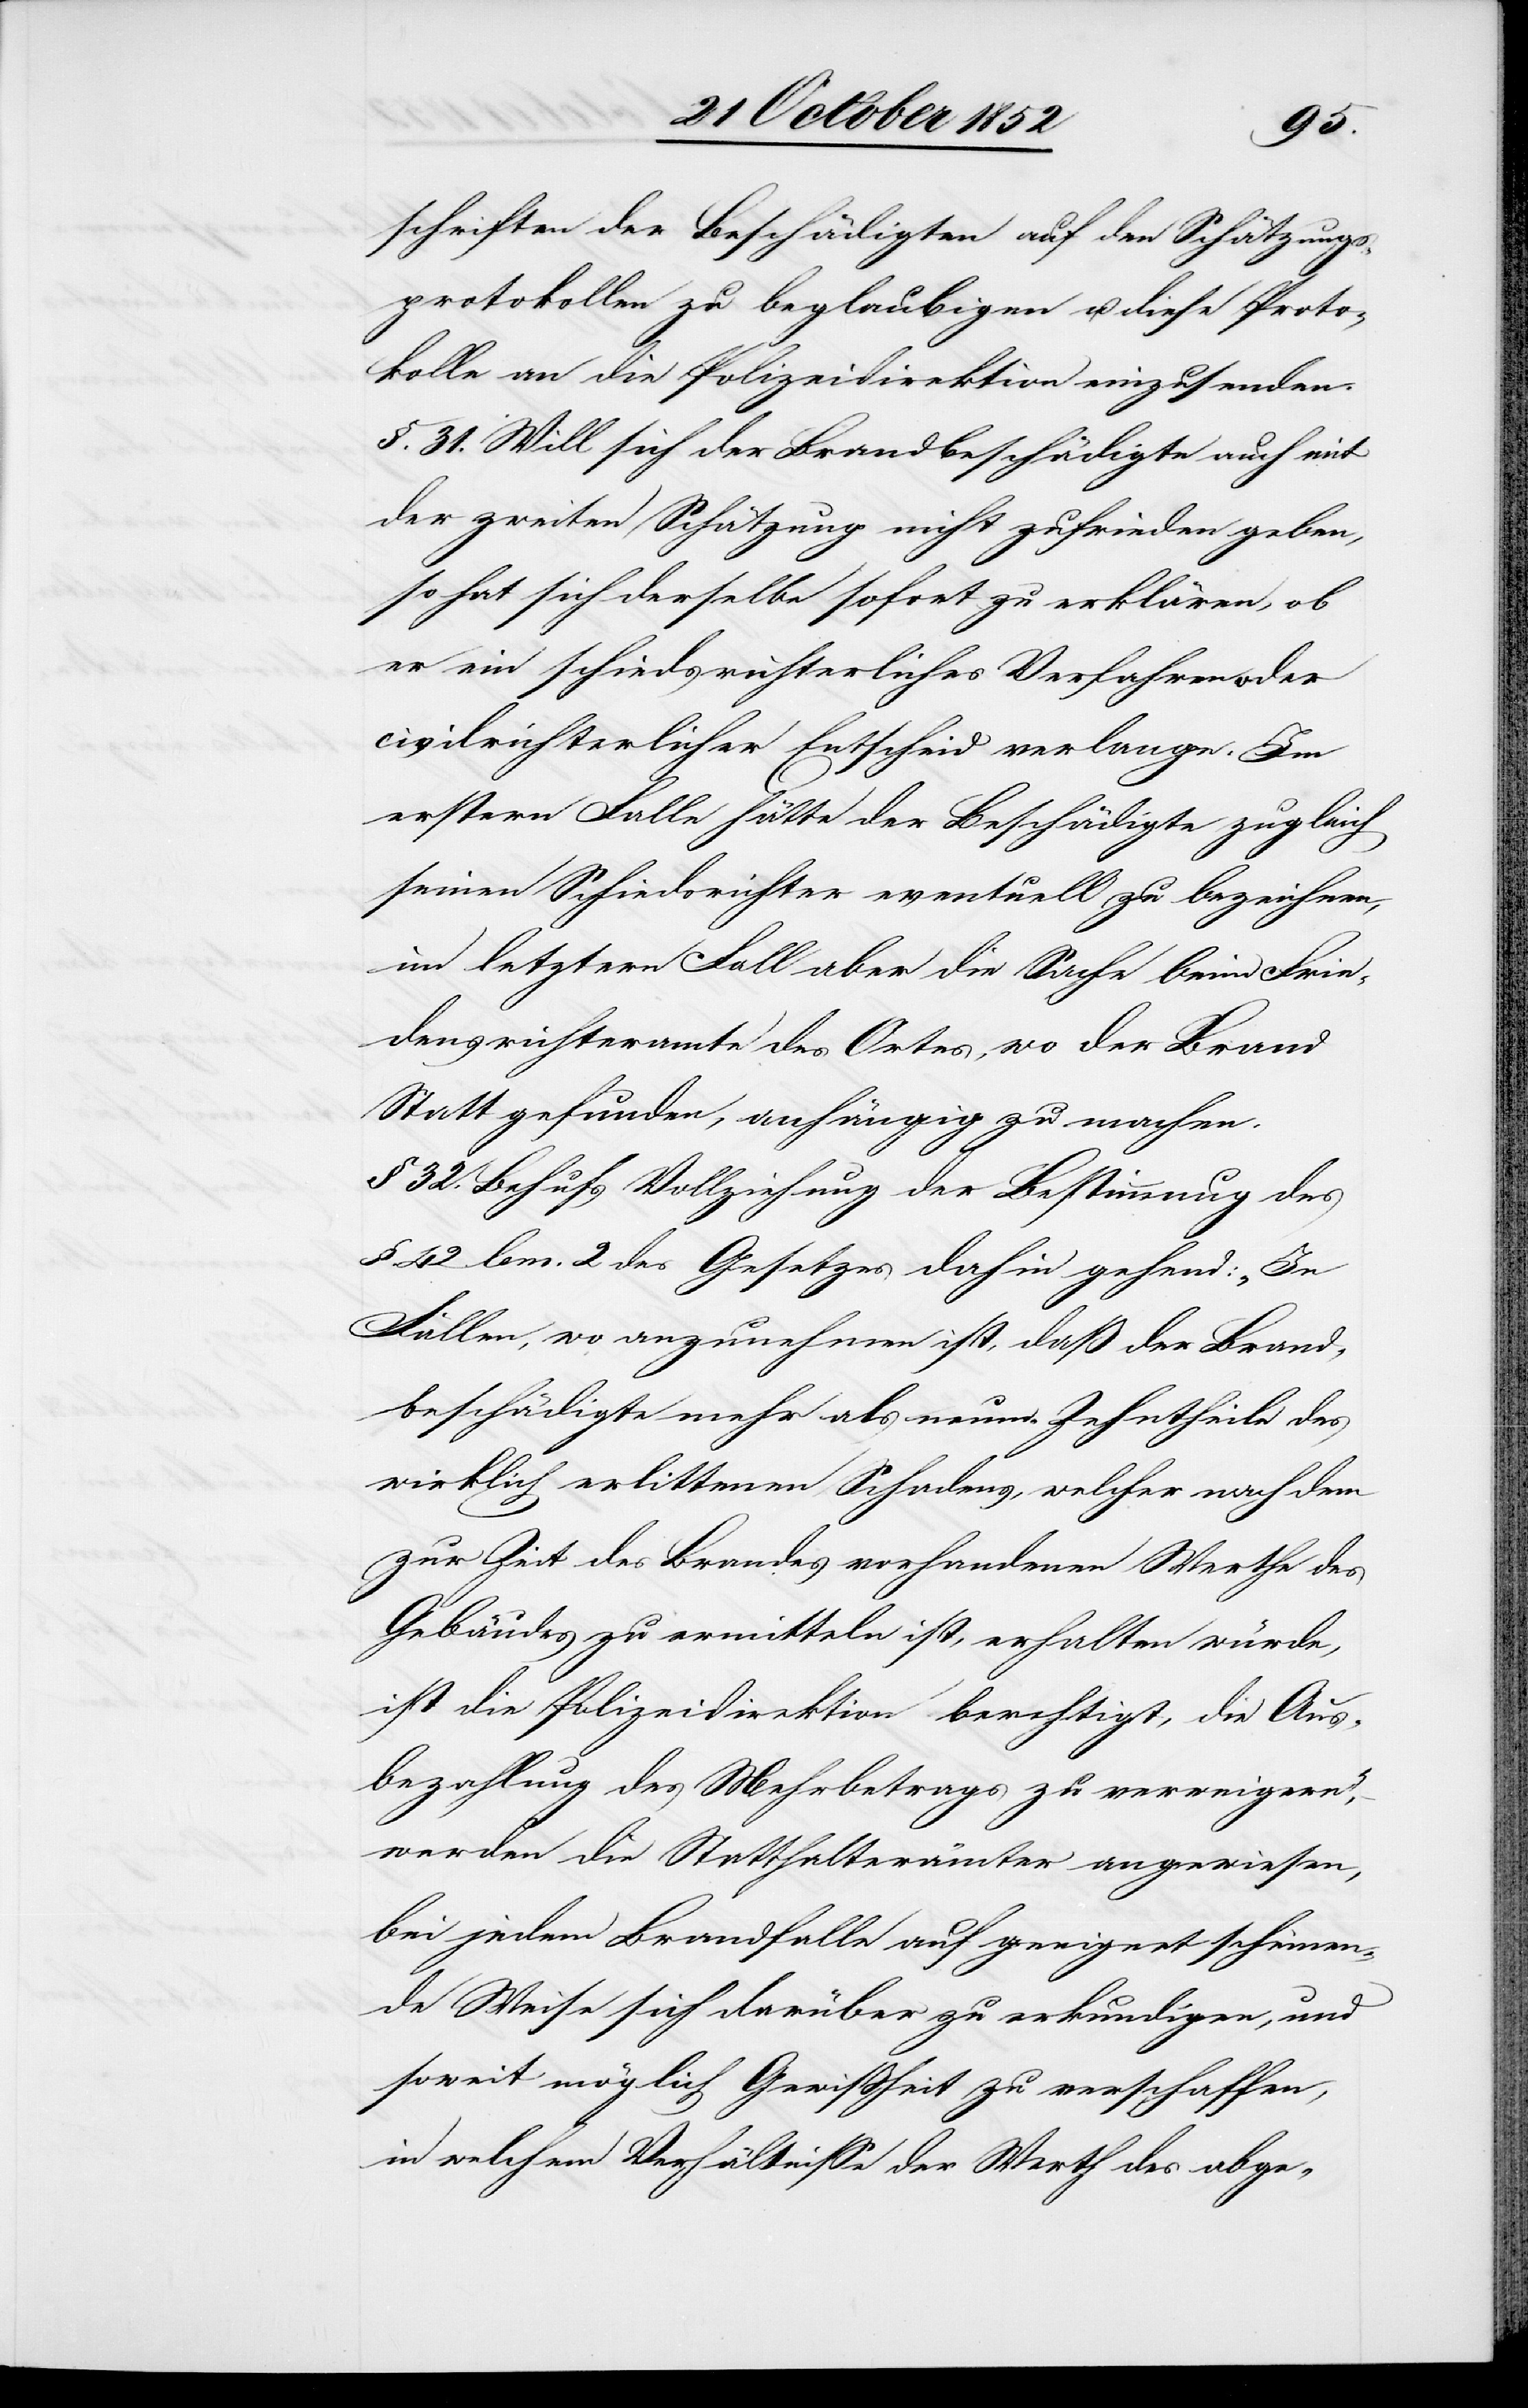
schriften der Beschädigten auf den Schätzungs¬
protokollen zu beglaubigen u. diese Proto¬
kolle an die Polizeidirektion einzusenden.
§. 31. Will sich der Brandbeschädigte auch mit
der zweiten Schätzung nicht zufrieden geben,
so hat sich derselbe sofort zu erklären, ob
er ein schiedsrichterliches Verfahren oder
civilrichterlicher Entscheid verlange. Im
erstern Falle hätte der Beschädigte zugleich
seinen Schiedsrichter eventuell zu bezeichnen,
im letztern Fall aber die Sache beim Frie¬
densrichteramte des Ortes, wo der Brand
Statt gefunden, anhängig zu machen.
§ 32. Behufs Vollziehung der Bestimmung des
§. 42. lem. 2 des Gesetzes dahin gehend: „In
Fällen, wo anzunehmen ist, daß der Brand¬
beschädigte mehr als neun Zehntheile des
wirklich erlittenen Schadens, welcher nach dem
zur Zeit des Brandes vorhandenen Werthe des
Gebäudes zu ermitteln ist, erhalten würde,
ist die Polizeidirektion berechtigt, die Aus¬
bezahlung des Mehrbetrags zu verweigern“,
werden die Statthalterämter angewiesen,
bei jedem Brandfalle auf geeignet scheinen¬
de Weise sich darüber zu erkundigen, und
soweit möglich Gewißheit zu verschaffen,
in welchem Verhältnisse der Werth des abge-